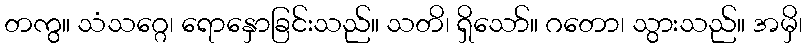
တကွ။ သံသဂ္ဂေ၊ ရောနှောခြင်းသည်။ သတိ၊ ရှိသော်။ ဂတော၊ သွားသည်။ အမှိ၊